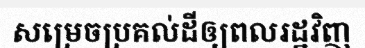
សម្រេចប្រគល់ដីឲ្យពលរដ្ឋវិញ